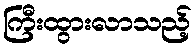
ကြီးထွားလာသည့်